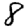
Digit: 8